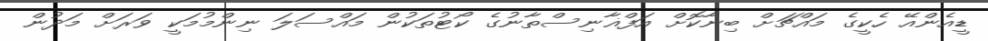
ޑީއެންއޭ ހެކީގެ މައްޗަށް ބިނާކޮށް އަފްޣާނިސްތާނުގެ ކޯޓުތަކުން މައްސަލަ ނިންމުމަކީ ވަރަށް މަދުން